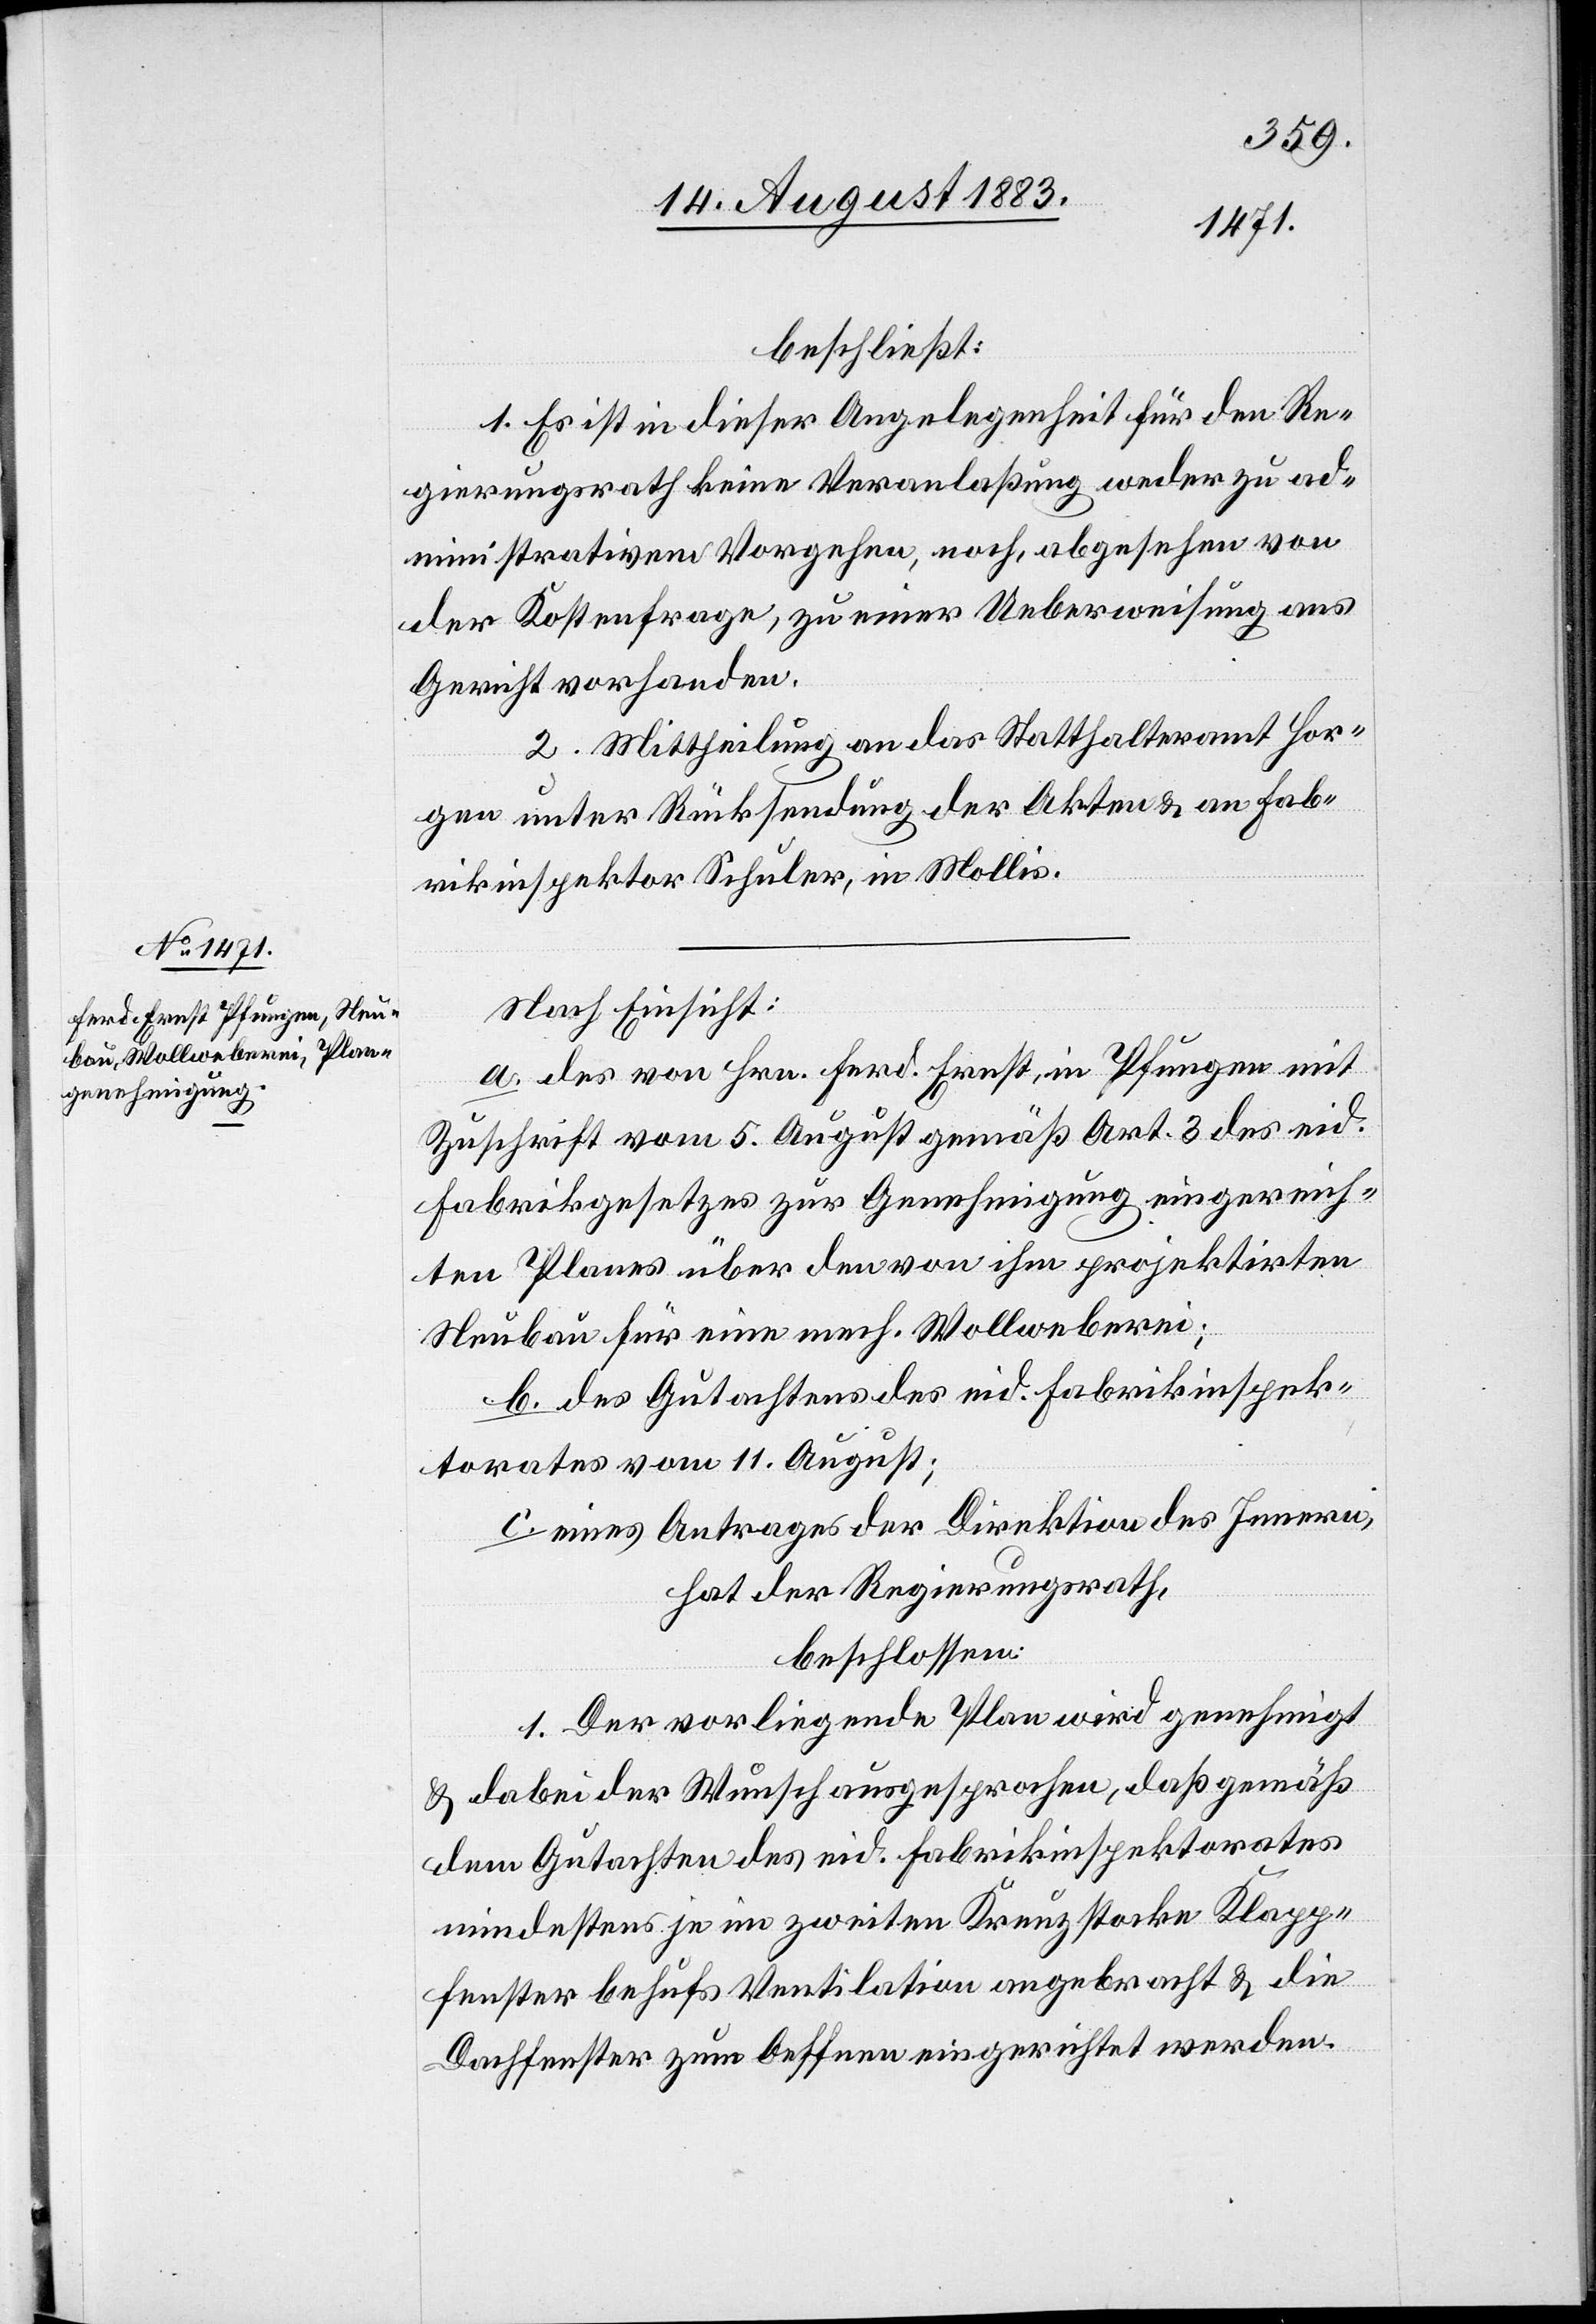
beschließt:
1. Es ist in dieser Angelegenheit für den Re¬
gierungsrath keine Veranlaßung weder zu ad¬
ministrativem Vorgehen, noch, abgesehen von
der Kostenfrage, zu einer Ueberweisung ans
Gericht vorhanden.
2. Mittheilung an das Statthalteramt Hor¬
gen unter Rücksendung der Akten & an Fab¬
rikinspektor Schuler, in Mollis.
Nach Einsicht:
a. des von Hrn. Ferd. Ernst, in Pfungen mit
Zuschrift vom 5. August gemäß Art. 3 des eid.
Fabrikgesetzes zur Genehmigung eingereich¬
ten Planes über den von ihm projektirten
Neubau für eine mech. Wollweberei;
b. des Gutachtens des eid. Fabrikinspek¬
torates vom 11. August;
c. eines Antrages der Direktion des Innern,
hat der Regierungsrath,
beschlossen:
1. Der vorliegende Plan wird genehmigt
& dabei der Wunsch ausgesprochen, daß gemäß
dem Gutachten des eid. Fabrikinspektorates
mindestens je im zweiten Kreuzstocke Klappe¬
nfester behufs Ventilation angebracht & die
Dachfenster zum Oeffnen eingerichtet werden.